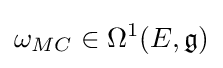
\omega _{MC}\in \Omega ^{1}(E,{\mathfrak {g}})